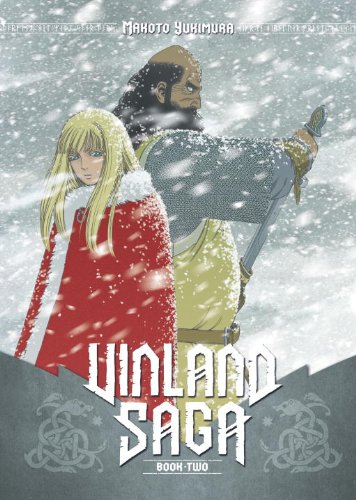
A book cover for Vinland Saga 2; Makoto Yukimura; Comics & Graphic Novels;